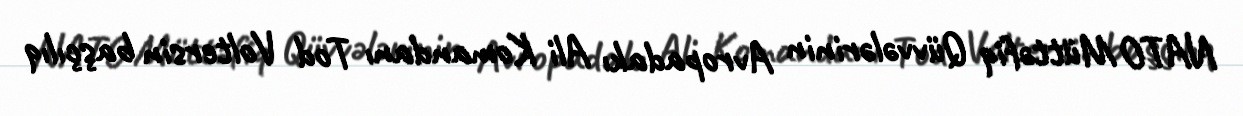
NATO Müttəfiq Qüvvələrinin Avropadakı Ali Komandanı Tod Voltersin başçılıq